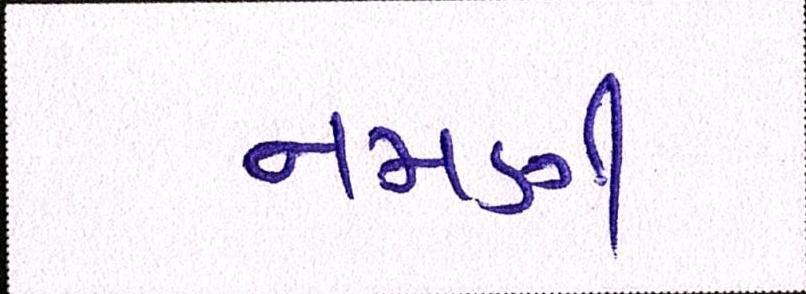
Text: નમણી